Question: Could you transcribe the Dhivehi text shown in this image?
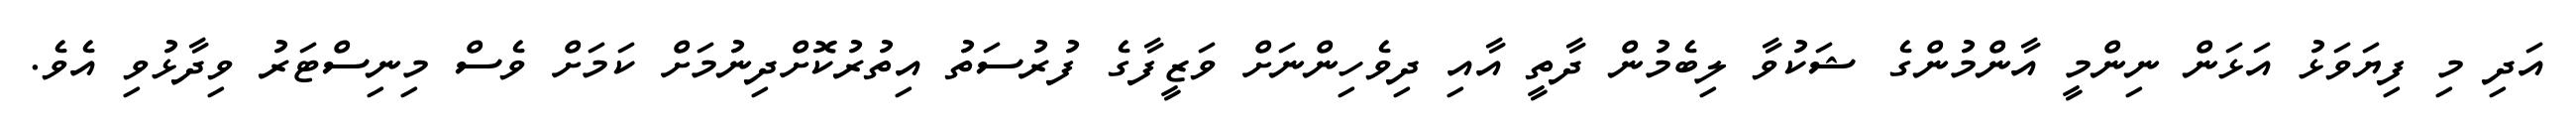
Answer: އަދި މި ފިޔަވަޅު އަޅަން ނިންމީ އާންމުންގެ ޝަކުވާ ލިބެމުން ދާތީ އާއި ދިވެހިންނަށް ވަޒީފާގެ ފުރުސަތު އިތުރުކޮށްދިނުމަށް ކަމަށް ވެސް މިނިސްޓަރު ވިދާޅުވި އެވެ.